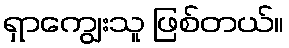
ရှာကျွေးသူ ဖြစ်တယ်။